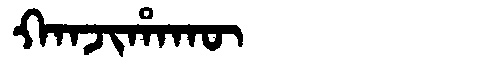
Manchu: ᡴᠠᠨᠵᡳᡥᠠᡴᡡ
Romanization: KANJIHAKŪ